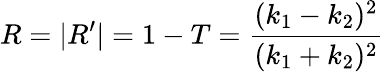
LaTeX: R=|R^{\prime}|=1-T={\frac{(k_{1}-k_{2})^{2}}{(k_{1}+k_{2})^{2}}}